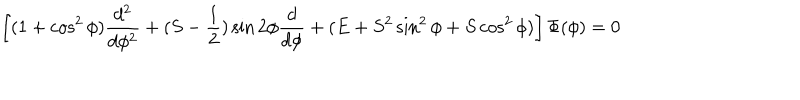
\left[ ( 1 + \cos ^ { 2 } \phi ) \frac { d ^ { 2 } } { d \phi ^ { 2 } } + ( S - \frac { 1 } { 2 } ) \sin 2 \phi \frac { d } { d \phi } + ( E + S ^ { 2 } \sin ^ { 2 } \phi + S \cos ^ { 2 } \phi ) \right] \Phi ( \phi ) = 0